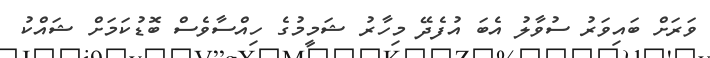
ވަރަށް ބައިވަރު ސުވާލު އެބަ އުފެދޭ މިހާރު ޝަމީމުގެ ހިއްސާވެސް ބޮޑުކަމަށް ޝައްކު